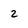
Character: 2